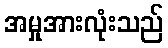
အမှုအားလုံးသည်